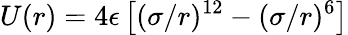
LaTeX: U(r)=4\epsilon\left[(\sigma/r)^{12}-(\sigma/r)^{6}\right]